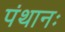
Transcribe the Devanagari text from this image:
पंथानः